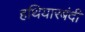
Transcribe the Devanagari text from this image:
हथियारबंदी